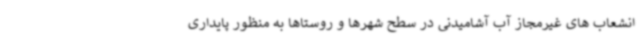
انشعاب های غیرمجاز آب آشامیدنی در سطح شهرها و روستاها به منظور پایداری